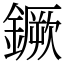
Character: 鐝